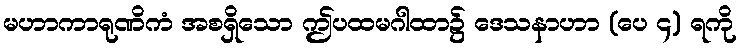
မဟာကာရုဏိကံ အစရှိသော ဤပထမဂါထာ၌ ဒေသနာဟာ (ပေ ၄) ရကို